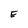
Character: E